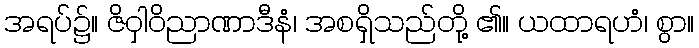
အရပ်၌။ ဇိဝှါဝိညာဏာဒီနံ၊ အစရှိသည်တို့ ၏။ ယထာရဟံ၊ စွာ။